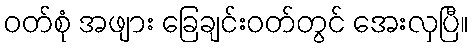
ဝတ်စုံ အဖျား ခြေချင်းဝတ်တွင် အေးလှပြီ။